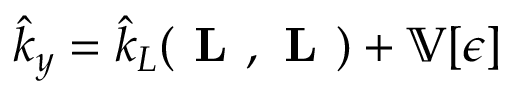
\hat { k } _ { y } = \hat { k } _ { L } ( \textbf { L } , \textbf { L } ) + \mathbb { V } [ \boldsymbol { \epsilon } ]